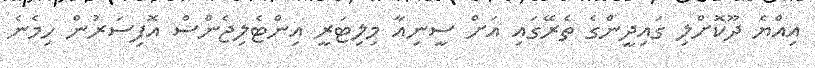
އިއްޔެ ދޫކޮށްލި ގައިދީންގެ ތެރޭގައި އަށް ސީނިއާ މިލިޓަރީ އިންޓެލިޖެންސް އޮފިސަރުން ހިމެނެ